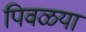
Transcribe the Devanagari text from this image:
पिवळया